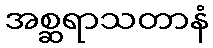
အစ္ဆရာသတာနံ